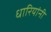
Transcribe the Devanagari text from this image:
धारियांनी